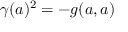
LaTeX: \gamma ( a ) ^ { 2 } = - g ( a , a )